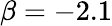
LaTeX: \beta=-2.1